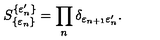
S _ { \{ \varepsilon _ { n } \} } ^ { \{ \varepsilon _ { n } ^ { \prime } \} } = \prod _ { n } \delta _ { \varepsilon _ { n + 1 } \varepsilon _ { n } ^ { \prime } } .